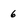
Character: 6